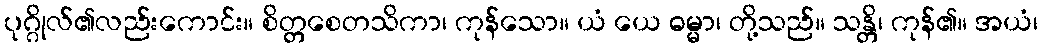
ပုဂ္ဂိုလ်၏လည်းကောင်း။ စိတ္တစေတသိကာ၊ ကုန်သော။ ယံ ယေ ဓမ္မာ၊ တို့သည်။ သန္တိ၊ ကုန်၏။ အယံ၊